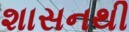
શાસનથી